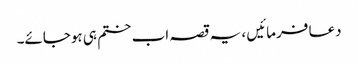
دعا فرمائیں ، یہ قصہ اب ختم ہی ہوجائے۔